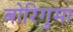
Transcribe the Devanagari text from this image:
बोरिगुमा